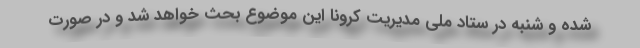
شده و شنبه در ستاد ملی مدیریت کرونا این موضوع بحث خواهد شد و در صورت